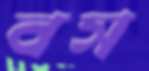
বস